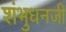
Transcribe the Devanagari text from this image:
शंभुधनजी